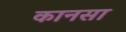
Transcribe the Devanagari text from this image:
कानसा